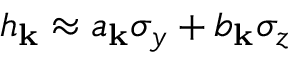
h _ { \mathbf { k } } \approx a _ { \mathbf { k } } \sigma _ { y } + b _ { \mathbf { k } } \sigma _ { z }